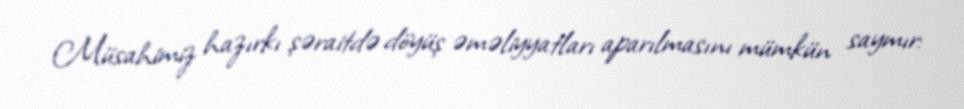
Müsahimiz hazırkı şəraitdə döyüş əməliyyatları aparılmasını mümkün saymır: